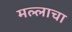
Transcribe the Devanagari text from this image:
मल्लाचा